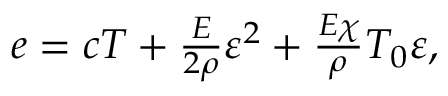
\begin{array} { r } { e = c T + \frac { E } { 2 \rho } \varepsilon ^ { 2 } + \frac { E \chi } { \rho } T _ { 0 } \varepsilon , } \end{array}